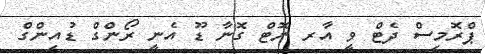
ޕްރޮމިސް ދެޓް ވީ އާރ ނޮޓް ގޮނާ ޑޫ އެނީ ރޯންގް ޑުއިންގް